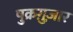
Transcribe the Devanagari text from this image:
षुक्रग़ुज़ार